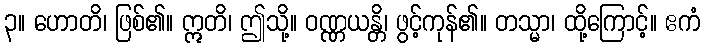
၃။ ဟောတိ၊ ဖြစ်၏။ ဣတိ၊ ဤသို့။ ဝဏ္ဏယန္တိ၊ ဖွင့်ကုန်၏။ တသ္မာ၊ ထို့ကြောင့်။ ဧကံ